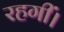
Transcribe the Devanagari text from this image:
रहगीं।